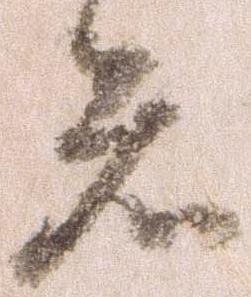
者